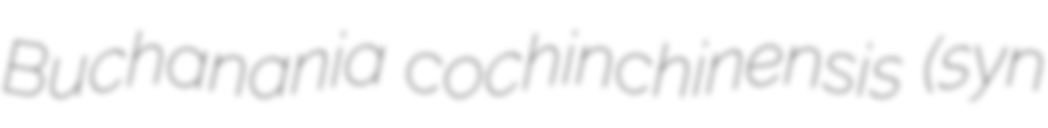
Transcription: Buchanania cochinchinensis (syn